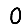
Digit: 0